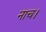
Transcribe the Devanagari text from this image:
नाच।